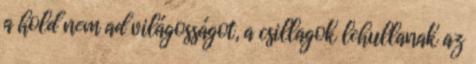
a hold nem ad világosságot, a csillagok lehullanak az